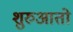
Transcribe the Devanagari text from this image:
शुरुआतो